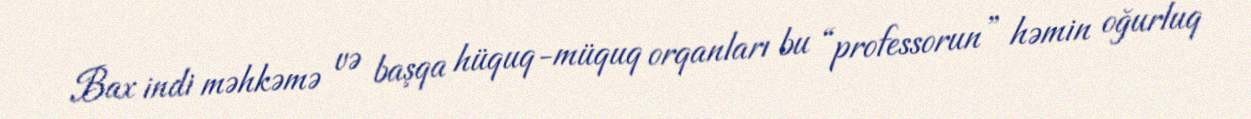
Bax indi məhkəmə və başqa hüquq-müquq orqanları bu “professorun” həmin oğurluq